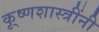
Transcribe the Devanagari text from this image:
कृ्ष्णशास्त्रींनी